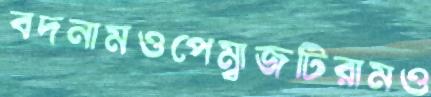
বদনামওপেম্বাজটিরামও